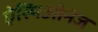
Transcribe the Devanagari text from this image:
ऐस्पिओनेज